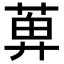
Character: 𬝕